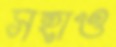
সহাও